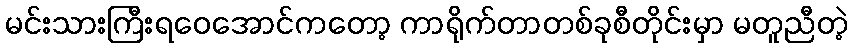
မင်းသားကြီးရဝေအောင်ကတော့ ကာရိုက်တာတစ်ခုစီတိုင်းမှာ မတူညီတဲ့